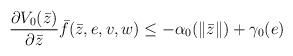
LaTeX: \begin{align*}\frac{\partial V_{0}(\bar{z})}{\partial \bar{z}} \bar{f} (\bar{z} ,e,v,w) \leq-\alpha_{0}(\|\bar{z} \|)+\gamma_{0}(e )\end{align*}